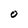
Character: O